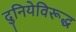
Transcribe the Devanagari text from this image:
दुनियेविरूद्ध